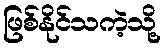
ဖြစ်နိုင်သကဲ့သို့